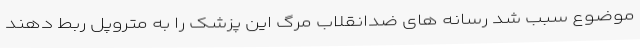
موضوع سبب شد رسانه های ضدانقلاب مرگ این پزشک را به متروپل ربط دهند